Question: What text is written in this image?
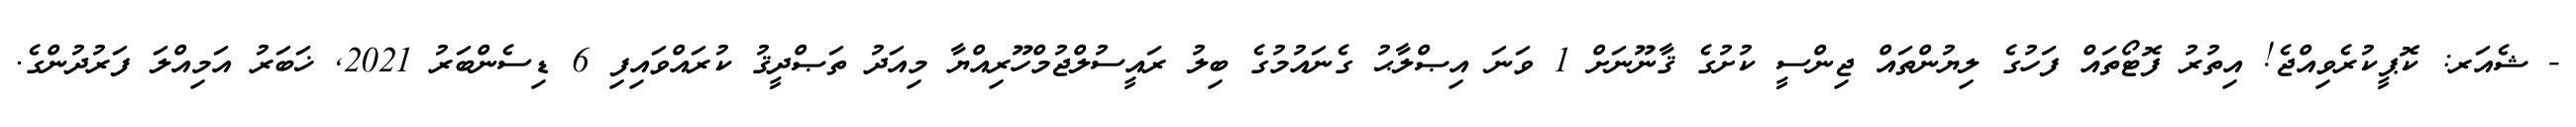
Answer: - ޝެއަރ: ކޮޕީކުރެވިއްޖެ! އިތުރު ފޮޓޯތައް ފަހުގެ ލިޔުންތައް ޖިންސީ ކުށުގެ ޤާނޫނަށް 1 ވަނަ އިޞްލާޙު ގެނައުމުގެ ބިލު ރައީސުލްޖުމްހޫރިއްޔާ މިއަދު ތަޞްދީޤު ކުރައްވައިފި 6 ޑިސެންބަރު 2021, ޚަބަރު އަމިއްލަ ފަރުދުންގެ.